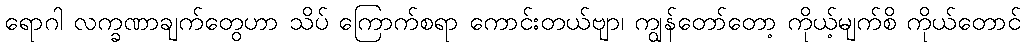
ရောဂါ လက္ခဏာချက်တွေဟာ သိပ် ကြောက်စရာ ကောင်းတယ်ဗျာ၊ ကျွန်တော်တော့ ကိုယ့်မျက်စိ ကိုယ်တောင်